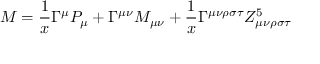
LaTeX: M = \frac { 1 } { x } \Gamma ^ { \mu } P _ { \mu } + \Gamma ^ { \mu \nu } M _ { \mu \nu } + \frac { 1 } { x } \Gamma ^ { \mu \nu \rho \sigma \tau } Z _ { \mu \nu \rho \sigma \tau } ^ { 5 }